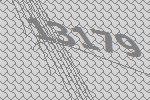
13179